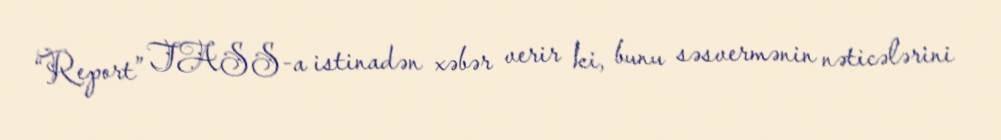
“Report” TASS-a istinadən xəbər verir ki, bunu səsvermənin nəticələrini